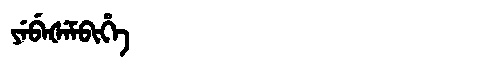
Manchu: ᠶᡝᠪᡝᡧᡝᠮᠪᡳᡥᡝ
Romanization: YEBEŠEMBIHE